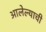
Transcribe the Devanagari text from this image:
आलेल्याची